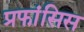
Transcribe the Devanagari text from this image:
प्रफांसिस